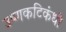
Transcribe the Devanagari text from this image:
उष्णकटिकंधी